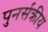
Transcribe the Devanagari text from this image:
पुनर्सक्रीय